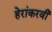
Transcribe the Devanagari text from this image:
हेरांकरवी